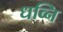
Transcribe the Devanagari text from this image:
धव्नि